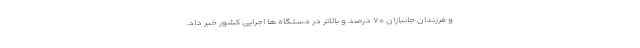
و فرزندان جانبازان ۷۰ درصد و بالاتر در دستگاه ها اجرایی کشور خبر داد.